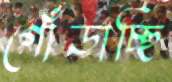
গোঁড়াচ্ছি